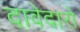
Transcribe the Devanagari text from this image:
दावेदारो